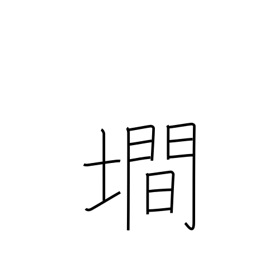
Meaning: steep slope